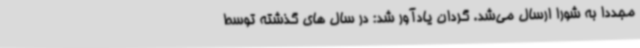
مجددا به شورا ارسال می‌شد. گردان یادآور شد: در سال های گذشته توسط